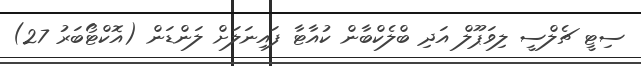
ސިޓީ ޗެލްސީ ލިވަޕޫލް އަދި ބްލެކްބާން ކުއާޓާ ފައިނަލަށް ލަންޑަން (އޮކްޓޯބަރު 27)